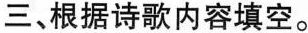
三、根据诗歌内容填空。